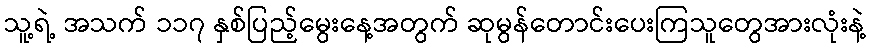
သူ့ရဲ့ အသက် ၁၁၇ နှစ်ပြည့်မွေးနေ့အတွက် ဆုမွန်တောင်းပေးကြသူတွေအားလုံးနဲ့